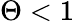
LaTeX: \Theta<1